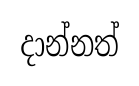
දාන්නත්